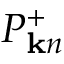
P _ { { \bf k } n } ^ { + }